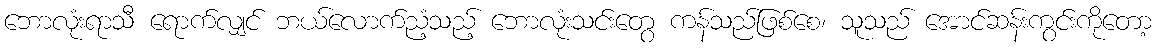
ဘောလုံးရာသီ ရောက်လျှင် ဘယ်လောက်ညံ့သည့် ဘောလုံးသင်းတွေ ကန်သည်ဖြစ်စေ၊ သူသည် အောင်ဆန်းကွင်းကိုတော့